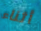
أثناء